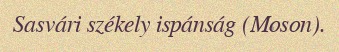
Sasvári székely ispánság (Moson).